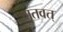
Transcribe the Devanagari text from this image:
मृतवत्